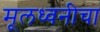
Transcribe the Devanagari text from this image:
मूलध्वनीचा